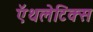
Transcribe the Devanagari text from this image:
ऍथलेटिक्स